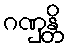
ဂဏှန္တိ